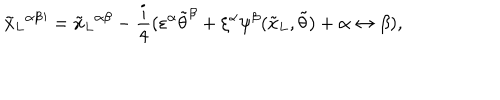
{ { \tilde { x } _ { L } } ^ { \alpha \beta } } { } ^ { \prime } = { { \tilde { x } _ { L } } ^ { \alpha \beta } } - \frac { i } { 4 } ( \varepsilon ^ { \alpha } { \tilde { \theta } } ^ { \beta } + \xi ^ { \alpha } \psi ^ { \beta } ( { \tilde { x } _ { L } } , { \tilde { \theta } } ) + \alpha \leftrightarrow \beta ) ,